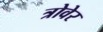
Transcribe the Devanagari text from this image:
त्रोवेर